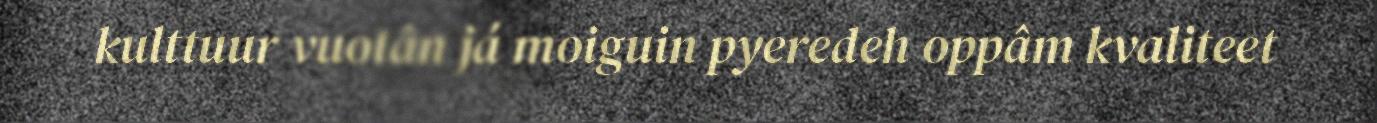
kulttuur vuotân já moiguin pyeredeh oppâm kvaliteet